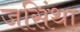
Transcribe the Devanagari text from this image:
जसिंथा